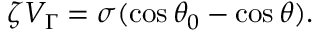
\zeta V _ { \Gamma } = \sigma ( \cos \theta _ { 0 } - \cos \theta ) .